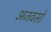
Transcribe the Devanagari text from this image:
अजवसो